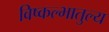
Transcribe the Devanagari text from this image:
विष्कल्भातुल्य